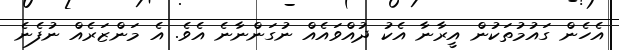
އެހެން ގައުމުތަކުން އީރާނާ އެކު ދުއްވައެއް ނުގަންނާނެ އެވެ. އެ މަންޒަރެއް ނުފެނެ